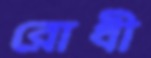
রোধী